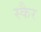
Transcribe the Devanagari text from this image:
स्कैर